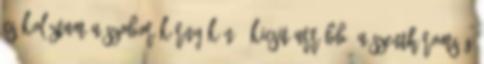
csókolóztam a szobor környékén - kicsit arrébb, a Szentháromság